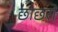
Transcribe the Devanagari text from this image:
छाछरो